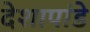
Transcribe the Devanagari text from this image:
देशापांडे